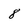
Character: 8